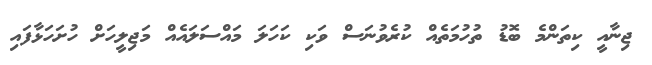
ޖިނާއީ ކިތަންމެ ބޮޑު ތުހުމަތެއް ކުރެވުނަސް ވަކި ކަހަލަ މައްސަލައެއް މަޖިލީހަށް ހުށަހަޅާފައި